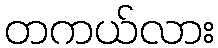
တကယ်လား